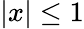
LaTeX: |x|\le 1